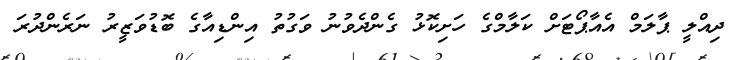
ދިއްލީ ޕާލަމް އެއާޕޯޓަށް ކަލާމްގެ ހަށިިކޮޅު ގެންދެވުނު ވަގުތު އިންޑިއާގެ ބޮޑުވަޒީރު ނަރެންދުރަ